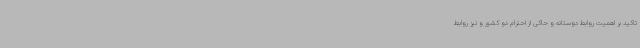
تاکید بر اهمیت روابط دوستانه و حاکی از احترام دو کشور و نیز روابط